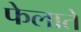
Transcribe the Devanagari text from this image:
फेलाते